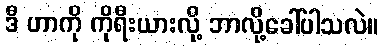
ဒီ ဟာကို ကိုရီးယားလို့ ဘာလို့ခေါ်ပါသလဲ။